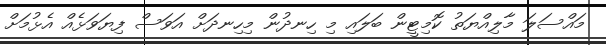
މައްސަލަ މާލިއްޔަތު ކޮމިޓީން ބަލައި މި ހިނދުން މިހިނދަށް އަވަސް ފިޔަވަޅެއް އެޅުމަށް